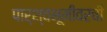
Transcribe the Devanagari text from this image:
पार्श्वभूमीवरची